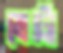
ভেটো